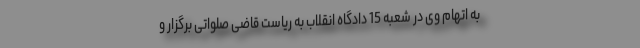
به اتهام وی در شعبه 15 دادگاه انقلاب به ریاست قاضی صلواتی برگزار و